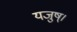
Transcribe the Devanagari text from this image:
यजुष्।